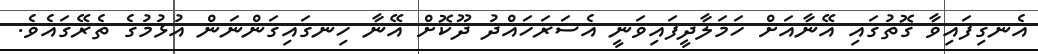
އެނގިފައިވާ ގޮތުގައި އޭނާއަށް ހަމަލާދީފައިވަނީ އެސަރަހައްދު ދޫކޮށް އޭނާ ހިނގައިގަންނަން އުޅުމުގެ ތެރޭގައެވެ.